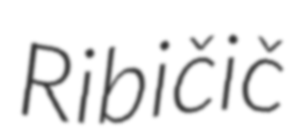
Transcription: Ribičič